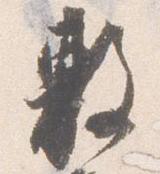
敷